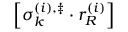
\left[ \sigma _ { k } ^ { \left( i \right) , \ddag } \cdot r _ { R } ^ { \left( i \right) } \right]